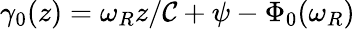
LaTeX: \gamma_{0}(z)=\omega_{R}z/\mathcal{C}+\psi-\Phi_{0}(\omega_{R})